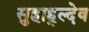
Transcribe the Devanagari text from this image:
सुहाह्ल्देव